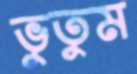
ভুতুম